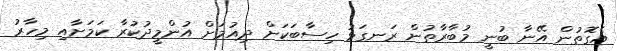
އެގޮތުން އޭނާ ބުނީ މުބާރާތުން ރަނގަޅު ހިސާބަކަށް ދިއުމަށް އުންމީދުކުރާ ކަމަށާއި މިހާރު